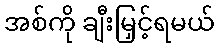
အစ်ကို ချီးမြှင့်ရမယ်